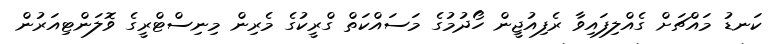
ކަނޑު މައްޗަށް ގެއްލިފައިވާ ރެފިއުޖީން ހޯދުމުގެ މަސައްކަތް ގްރީކުގެ މެރިން މިނިސްޓްރީގެ ވޮލަންޓިއަރުން